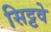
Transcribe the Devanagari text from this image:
सिट्टवे